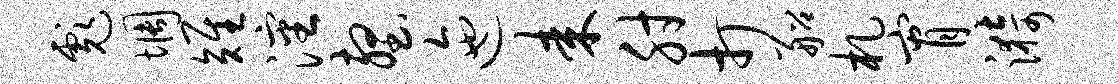
彪惆雉沈壑迤耒肘打船札宵漪